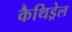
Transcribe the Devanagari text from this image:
कैथिड्रेल